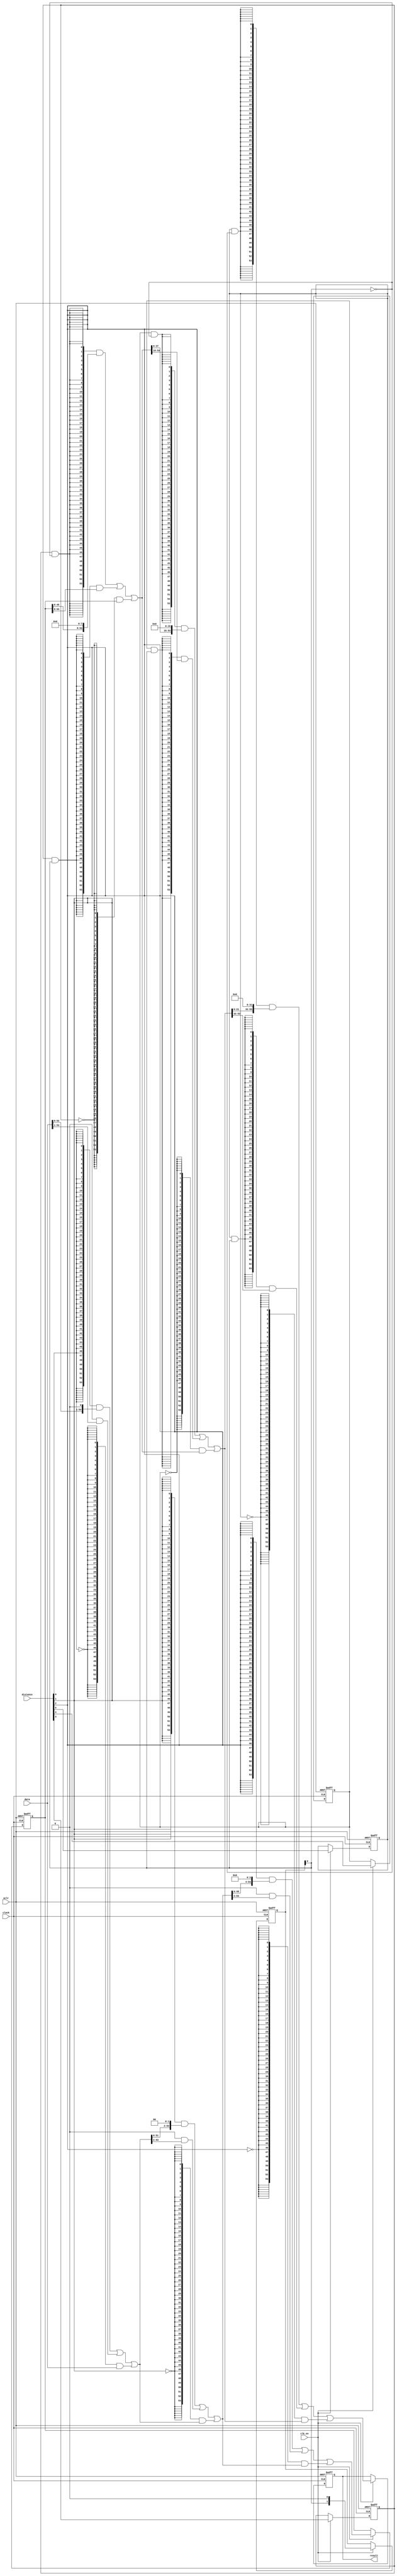
module  fpconv_altbarrel_shift_kof
	(
	aclr,
	clk_en,
	clock,
	data,
	distance,
	result) ;
	input   aclr;
	input   clk_en;
	input   clock;
	input   [53:0]  data;
	input   [5:0]  distance;
	output   [53:0]  result;
`ifndef ALTERA_RESERVED_QIS
// synopsys translate_off
`endif
	tri0   aclr;
	tri1   clk_en;
	tri0   clock;
`ifndef ALTERA_RESERVED_QIS
// synopsys translate_on
`endif
	reg	[1:0]	dir_pipe;
	reg	[53:0]	sbit_piper1d;
	reg	[53:0]	sbit_piper2d;
	reg	sel_pipec3r1d;
	reg	sel_pipec4r1d;
	reg	sel_pipec5r1d;
	wire  [6:0]  dir_w;
	wire  direction_w;
	wire  [31:0]  pad_w;
	wire  [377:0]  sbit_w;
	wire  [5:0]  sel_w;
	wire  [323:0]  smux_w;
	// synopsys translate_off
	initial
		dir_pipe = 0;
	// synopsys translate_on
	always @ ( posedge clock or  posedge aclr)
		if (aclr == 1'b1) dir_pipe <= 2'b0;
		else if  (clk_en == 1'b1)   dir_pipe <= {dir_w[5], dir_w[2]};
	// synopsys translate_off
	initial
		sbit_piper1d = 0;
	// synopsys translate_on
	always @ ( posedge clock or  posedge aclr)
		if (aclr == 1'b1) sbit_piper1d <= 54'b0;
		else if  (clk_en == 1'b1)   sbit_piper1d <= smux_w[161:108];
	// synopsys translate_off
	initial
		sbit_piper2d = 0;
	// synopsys translate_on
	always @ ( posedge clock or  posedge aclr)
		if (aclr == 1'b1) sbit_piper2d <= 54'b0;
		else if  (clk_en == 1'b1)   sbit_piper2d <= smux_w[323:270];
	// synopsys translate_off
	initial
		sel_pipec3r1d = 0;
	// synopsys translate_on
	always @ ( posedge clock or  posedge aclr)
		if (aclr == 1'b1) sel_pipec3r1d <= 1'b0;
		else if  (clk_en == 1'b1)   sel_pipec3r1d <= distance[3];
	// synopsys translate_off
	initial
		sel_pipec4r1d = 0;
	// synopsys translate_on
	always @ ( posedge clock or  posedge aclr)
		if (aclr == 1'b1) sel_pipec4r1d <= 1'b0;
		else if  (clk_en == 1'b1)   sel_pipec4r1d <= distance[4];
	// synopsys translate_off
	initial
		sel_pipec5r1d = 0;
	// synopsys translate_on
	always @ ( posedge clock or  posedge aclr)
		if (aclr == 1'b1) sel_pipec5r1d <= 1'b0;
		else if  (clk_en == 1'b1)   sel_pipec5r1d <= distance[5];
	assign
		dir_w = {dir_pipe[1], dir_w[4:3], dir_pipe[0], dir_w[1:0], direction_w},
		direction_w = 1'b0,
		pad_w = {32{1'b0}},
		result = sbit_w[377:324],
		sbit_w = {sbit_piper2d, smux_w[269:162], sbit_piper1d, smux_w[107:0], data},
		sel_w = {sel_pipec5r1d, sel_pipec4r1d, sel_pipec3r1d, distance[2:0]},
		smux_w = {((({54{(sel_w[5] & (~ dir_w[5]))}} & {sbit_w[291:270], pad_w[31:0]}) | ({54{(sel_w[5] & dir_w[5])}} & {pad_w[31:0], sbit_w[323:302]})) | ({54{(~ sel_w[5])}} & sbit_w[323:270])), ((({54{(sel_w[4] & (~ dir_w[4]))}} & {sbit_w[253:216], pad_w[15:0]}) | ({54{(sel_w[4] & dir_w[4])}} & {pad_w[15:0], sbit_w[269:232]})) | ({54{(~ sel_w[4])}} & sbit_w[269:216])), ((({54{(sel_w[3] & (~ dir_w[3]))}} & {sbit_w[207:162], pad_w[7:0]}) | ({54{(sel_w[3] & dir_w[3])}} & {pad_w[7:0], sbit_w[215:170]})) | ({54{(~ sel_w[3])}} & sbit_w[215:162])), ((({54{(sel_w[2] & (~ dir_w[2]))}} & {sbit_w[157:108], pad_w[3:0]}) | ({54{(sel_w[2] & dir_w[2])}} & {pad_w[3:0], sbit_w[161:112]})) | ({54{(~ sel_w[2])}} & sbit_w[161:108])), ((({54{(sel_w[1] & (~ dir_w[1]))}} & {sbit_w[105:54], pad_w[1:0]}) | ({54{(sel_w[1] & dir_w[1])}} & {pad_w[1:0], sbit_w[107:56]})) | ({54{(~ sel_w[1])}} & sbit_w[107:54])), ((({54{(sel_w[0] & (~ dir_w[0]))}} & {sbit_w[52:0], pad_w[0]}) | ({54{(sel_w[0] & dir_w[0])}} & {pad_w[0], sbit_w[53:1]})) | ({54{(~ sel_w[0])}} & sbit_w[53:0]))};
endmodule